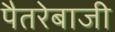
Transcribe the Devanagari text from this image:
पैतरेबाजी